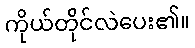
ကိုယ်တိုင်လဲပေး၏။